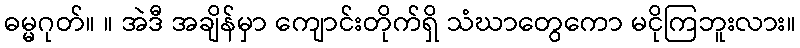
ဓမ္မဂုတ်။ ။ အဲဒီ အချိန်မှာ ကျောင်းတိုက်ရှိ သံဃာတွေကော မငိုကြဘူးလား။